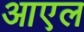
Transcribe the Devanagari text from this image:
आएल